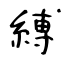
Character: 縛